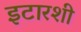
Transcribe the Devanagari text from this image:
इटारशी